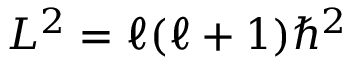
L ^ { 2 } = \ell ( \ell + 1 ) \hbar ^ { 2 }